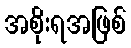
အစိုးရအဖြစ်